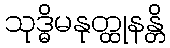
သုဒ္ဓိမနုတ္ထုနန္တိ